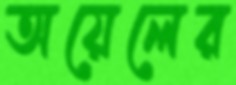
অয়েলের